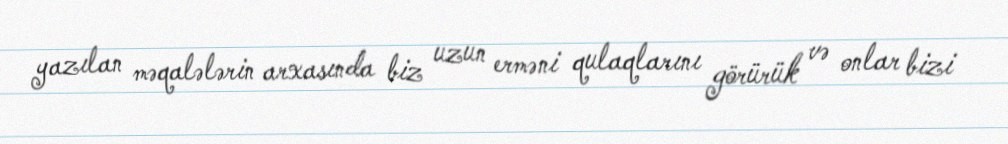
yazılan məqalələrin arxasında biz uzun erməni qulaqlarını görürük və onlar bizi